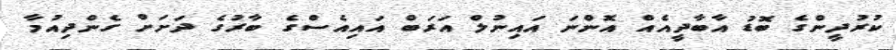
ކުރުދީންގެ ބޮޑު އާބާދީއެއް އޮންނަ އައިނުލް އަރަބް އައިއެސްގެ ބާރުގެ ދަށަށް ގެންދިއުމާ